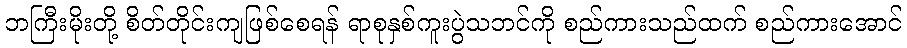
ဘကြီးမိုးတို့ စိတ်တိုင်းကျဖြစ်စေရန် ရာစုနှစ်ကူးပွဲသဘင်ကို စည်ကားသည်ထက် စည်ကားအောင်